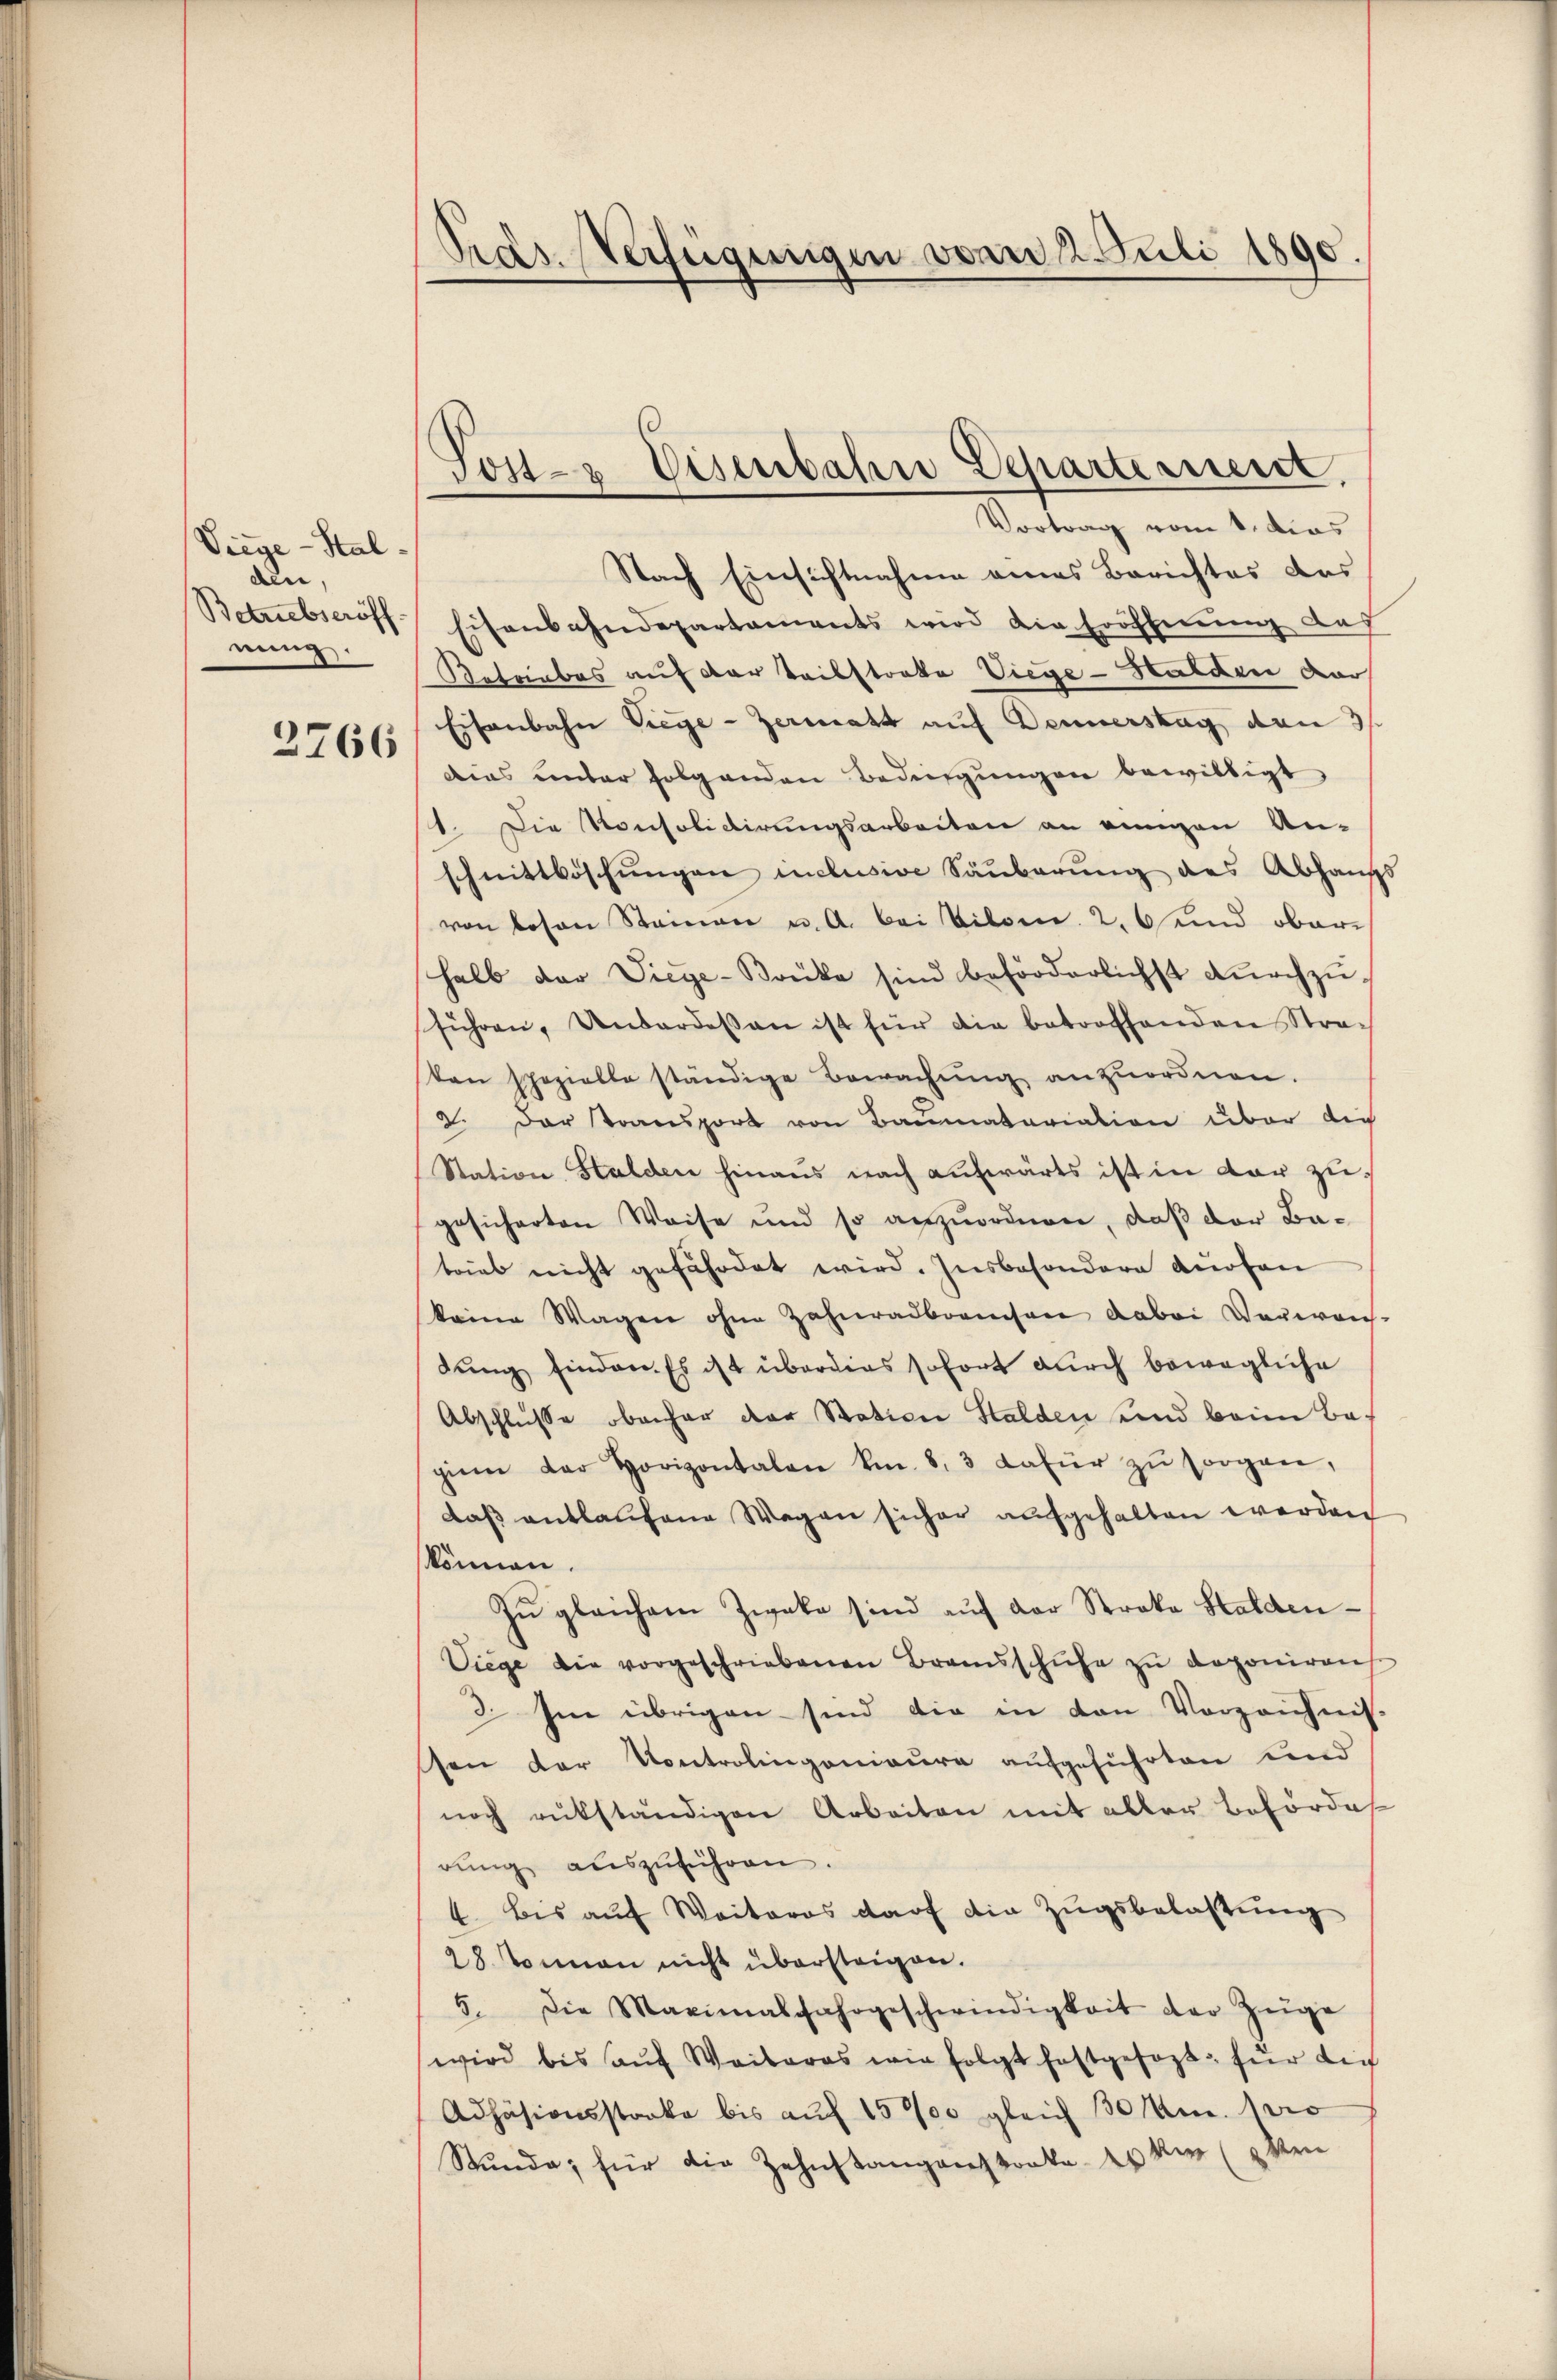
Viege - Stalden,
Betriebseröff
nung.

2766

Pras. Verfügungen von 2. Juli 1890

Sost- & Eisenbahn Departement,
Vortrag vom 1. dies

Nach Einsichtnahme eines Berichtes das
Eisenbahndepartaments wird die Eröffnung des
Betriebes auf der Teilstreke Viege - Halden dar
Eisenbahn Siege - Zermatt auf Dennerstag den 3.
dies unter folgenden Bedingungen bewilligt
1. Die Konsolidirungsarbeiten an einigen An-
schnittböschungen inclusive Säuberung des Abhaupt
von lesen Steinen u. A. bei Vilome 2, 6 und ober
halb der Vicge-Brüke sind beförderlichst dŭrchzŭ-
führen, Undardessen ist für die betroffenden Straten spezielle ständige Bewachŭng anzŭordnen.
2. Der Transport von Baumatariation über die
Station Stalden hinaus nach aufwärts ist in dar zugesicherten Weise und so anzuordnen, daß der Batrieb nicht gefährdet wird. Insbesondere Anfan
keine Wagen ohne Zahnradbranchere dabei Verweich-
dung finden. Es ist überdies sofort durch bewegliche
Abschlusse oberhar der Station Halden und beim Bagiem der Horizontalen kn. 8. 3 dafür zŭ sorgen,
daβ entlaŭfene Wagen sicher aŭfgehalten werden
können.
Zu gleichem Zweke sind auf der Stroka Stalden¬
Viege die vorgeschriebenen Bransschuhe zŭ deponiren
3. Im übrigen sind die in den Vorzeichnis
ten der Kontrolingenieure aufgeführten und
noch rükständigen Arbeiten mit aller Beförde
rŭng aŭszŭführen.
4. bis auf Weiteros darf die Zugsbelastung
28 Tonnen nicht übersteigen.
5. Die Maximalfahrgeschwindigkeit der Züge
wird bis aŭf Weiberos wie folgt festgesezt, für die
Adhäsionsstrake bis aŭf 15000 gleich 30 kr. pro
Stŭnde; für die Zahnstangenstocka 20 kr (8 ken